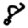
Digit: 8